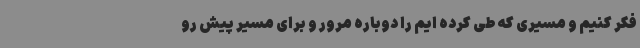
فکر کنیم و مسیری که طی کرده ایم را دوباره مرور و برای مسیر پیش رو